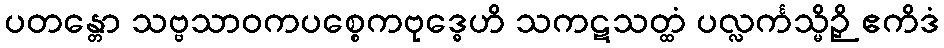
ပတန္တော သဗ္ဗသာဝကပစ္စေကဗုဒ္ဓေဟိ သကဋသတ္ထံ ပလ္လင်္ကသ္မိဉှိ ဧကိဒံ